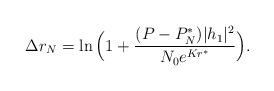
LaTeX: \begin{align*}\Delta r_N=\ln\Big(1+\frac{(P-P_N^* )|{h_1}|^2}{N_0e^{Kr^*}}\Big).\end{align*}